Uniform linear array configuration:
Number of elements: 32
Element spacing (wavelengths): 0.25
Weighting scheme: uniform
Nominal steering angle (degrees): -60
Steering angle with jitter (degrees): -59.717
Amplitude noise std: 0.05
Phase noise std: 0.05

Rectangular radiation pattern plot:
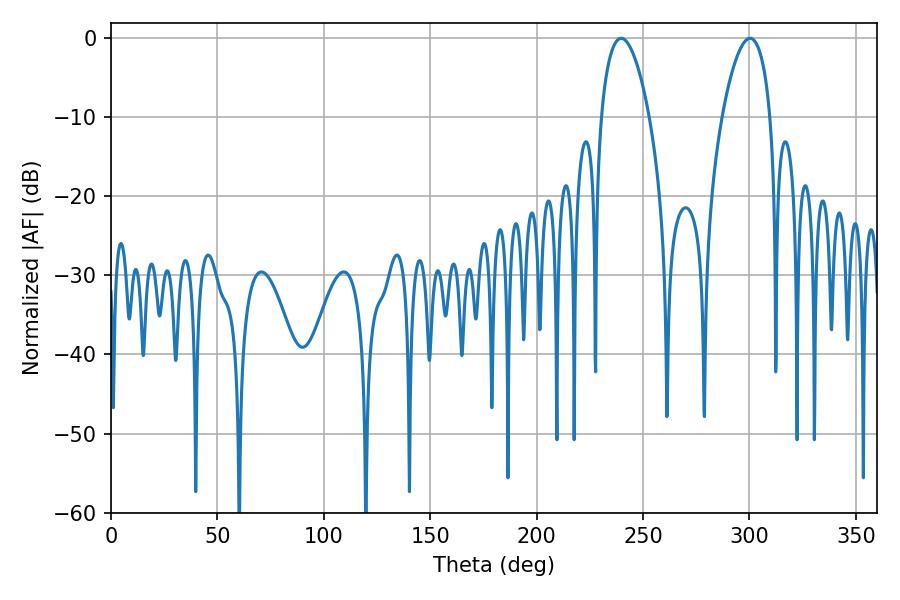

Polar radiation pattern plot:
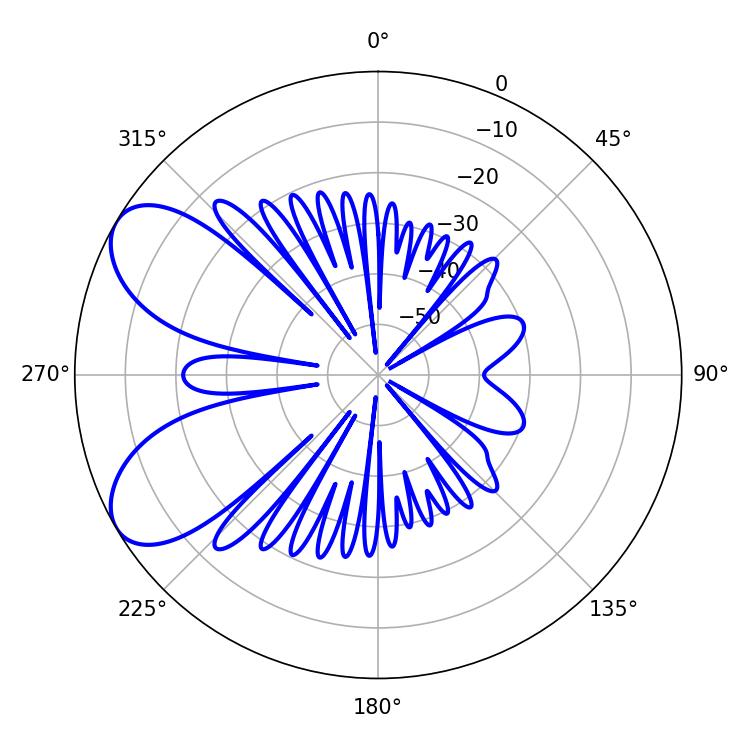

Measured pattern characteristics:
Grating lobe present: FALSE
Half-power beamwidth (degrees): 12.6
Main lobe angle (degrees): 239.76